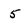
Character: 5